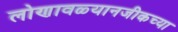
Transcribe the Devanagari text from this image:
लोणावळ्यानजीकच्या